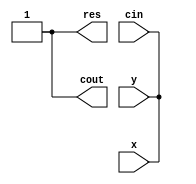
module fulladd(
    input x,y,cin,
    output res,cout
);

parameter o1 = 1;
parameter o2 = 1;
parameter c = 1;

assign x = o1;
assign y = o2;
assign cin = c;

assign res = x^y^cin;
assign cout = x&y|(cin&(x^y));
// always @(c) begin
//     $display("%b",res);
// end
endmodule